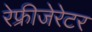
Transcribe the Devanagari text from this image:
रेफ्रीजेरेटर